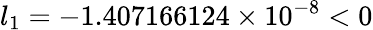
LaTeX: l_{1}=-1.407166124\times 10^{-8}<0